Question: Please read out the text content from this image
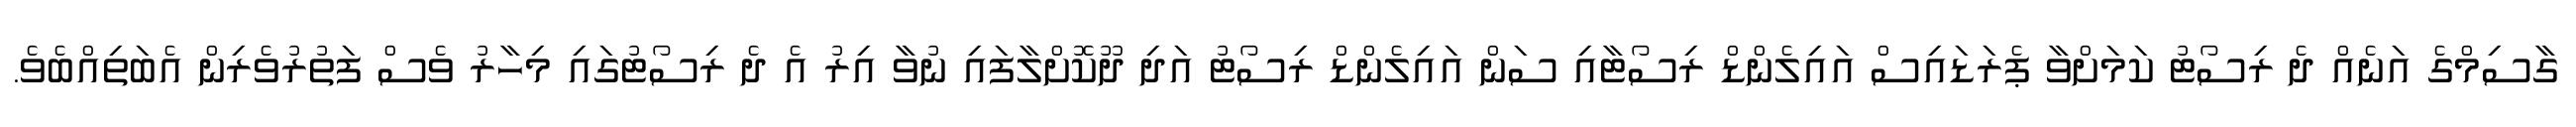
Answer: ގާސިމްގެ އަނެއް ދެ ރިސޯޓު ކަމަށްވާ ޕެރަޑައިސް އައިލެންޑް ރިސޯޓާއި ސަން އައިލެންޑް ރިސޯޓު އަދި ދޫކޮށްލާފައި ނުވާ އިރު އެ ދެ ރިސޯޓުގައި މިހާރު ވެސް ފަތުރުވެރިން އެބަތިއްބެވެ.